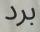
برد